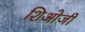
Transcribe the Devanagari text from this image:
शिओजी